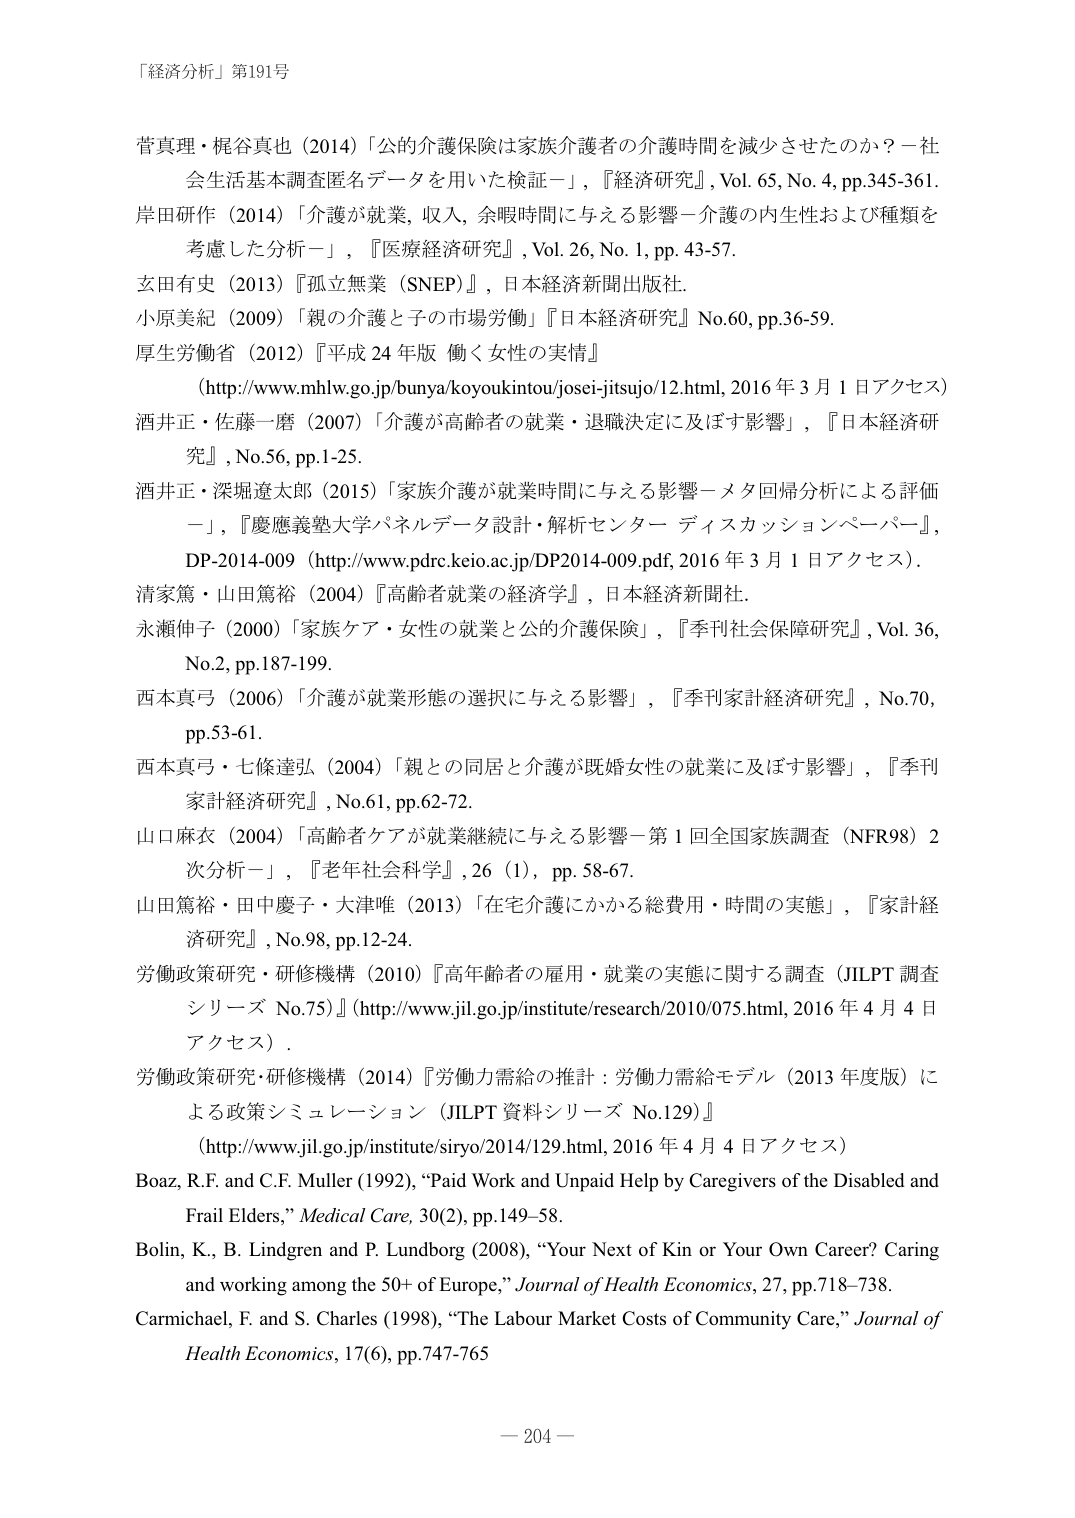
「経済分析」第191号

菅真理・梶谷真也（2014）「公的介護保険は家族介護者の介護時間を減少させたのか？－社会生活基本調査匿名データを用いた検証－」，『経済研究』，Vol. 65, No. 4, pp.345-361.

岸田研作（2014）「介護が就業、収入、余暇時間に与える影響－介護の内生性および種類を考慮した分析－」，『医療経済研究』，Vol. 26, No. 1, pp. 43-57.

玄田有史（2013）『孤立無業（SNEP）』，日本経済新聞出版社.

小原美紀（2009）「親の介護と子の市場労働」『日本経済研究』No.60, pp.36-59.

厚生労働省（2012）『平成 24 年版 働く女性の実情』
（http://www.mhlw.go.jp/bunya/koyoukintou/josei-jitsujo/12.html, 2016 年 3 月 1 日アクセス）

酒井正・佐藤一磨（2007）「介護が高齢者の就業・退職決定に及ぼす影響」，『日本経済研究』，No.56, pp.1-25.

酒井正・深堀達太郎（2015）「家族介護が就業時間に与える影響－メタ回帰分析による評価－」，『慶應義塾大学パネルデータ設計・解析センター ディスカッションペーパー』，DP-2014-009（http://www.pdrc.keio.ac.jp/DP2014-009.pdf, 2016 年 3 月 1 日アクセス）.

清家篤・山田篤裕（2004）『高齢者就業の経済学』，日本経済新聞社.

永瀬伸子（2000）「家族ケア・女性の就業と公的介護保険」，『季刊社会保障研究』，Vol. 36, No.2, pp.187-199.

西本真弓（2006）「介護が就業形態の選択に与える影響」，『季刊家計経済研究』，No.70, pp.53-61.

西本真弓・七條達弘（2004）「親との同居と介護が既婚女性の就業に及ぼす影響」，『季刊家計経済研究』，No.61, pp.62-72.

山口麻衣（2004）「高齢者ケアが就業継続に与える影響－第 1 回全国家族調査（NFR98）2 次分析－」，『老年社会科学』，26（1），pp. 58-67.

山田篤裕・田中慶子・大津唯（2013）「在宅介護にかかる総費用・時間の実態」，『家計経済研究』，No.98, pp.12-24.

労働政策研究・研修機構（2010）『高年齢者の雇用・就業の実態に関する調査（JILPT 調査シリーズ No.75）』（http://www.jil.go.jp/institute/research/2010/075.html, 2016 年 4 月 4 日アクセス）.

労働政策研究・研修機構（2014）『労働力需給の推計：労働力需給モデル（2013 年度版）による政策シミュレーション（JILPT 資料シリーズ No.129）』
（http://www.jil.go.jp/institute/siryo/2014/129.html, 2016 年 4 月 4 日アクセス）

Boaz, R.F. and C.F. Muller (1992), “Paid Work and Unpaid Help by Caregivers of the Disabled and Frail Elders,” Medical Care, 30(2), pp.149–58.

Bolin, K., B. Lindgren and P. Lundborg (2008), “Your Next of Kin or Your Own Career? Caring and working among the 50+ of Europe,” Journal of Health Economics, 27, pp.718–738.

Carmichael, F. and S. Charles (1998), “The Labour Market Costs of Community Care,” Journal of Health Economics, 17(6), pp.747-765

－ 204 －